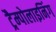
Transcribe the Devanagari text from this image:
ट्रैम्पोलाइनिंग